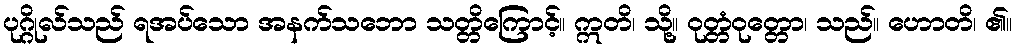
ပုဂ္ဂိုလ်သည် ရအပ်သော အနက်သဘော သတ္တိကြောင့်။ ဣတိ၊ သို့။ ဝုတ္တံဝုတ္တော၊ သည်။ ဟောတိ၊ ၏။